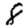
Digit: 8